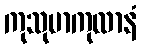
ကုသုမာကုလာနံ